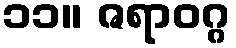
၁၁။ ဇရာဝဂ္ဂ